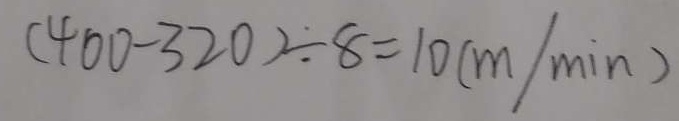
( 4 0 0 - 3 2 0 ) \div 8 = 1 0 ( m / \min )